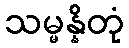
သမ္မန္နိတုံ